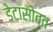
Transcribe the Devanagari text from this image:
डेटासोबत